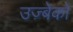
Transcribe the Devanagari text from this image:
उज़्बेको